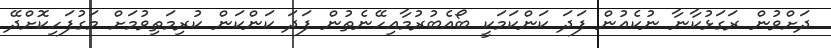
ދަށްވުން ރަގަޅުކާނާ ނުކެއުން ފަދަ ކަންކަމަކީ ބޯއެބުރުމާއިހޭނެތުން ފަދަ ކަންކަން ކުރިމަތިވުމަށް މަގުފަހިކޮށްދޭ